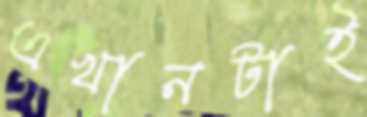
এখানটাই